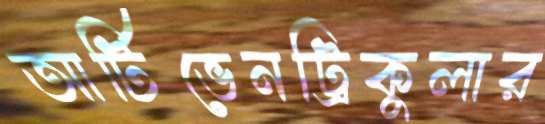
আর্টিভেনট্রিকুলার